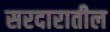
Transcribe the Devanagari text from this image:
सरदारातील